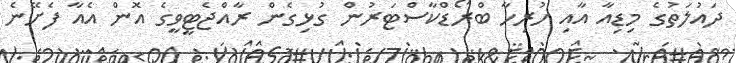
ދައުލަތުގެ މިޑިއާ އާއި ހުރިހާ ބްރޯޑްކާސްޓަރުން ގުޅިގެން ރާއްޖެޓީވީގެ އޮން އެއާ ފެށޭނެ